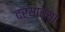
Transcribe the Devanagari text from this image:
दर्‍याच्या